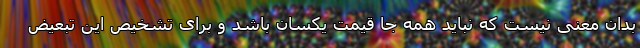
بدان معنی نیست که نباید همه جا قیمت یکسان باشد و برای تشخیص این تبعیض